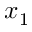
x _ { 1 }